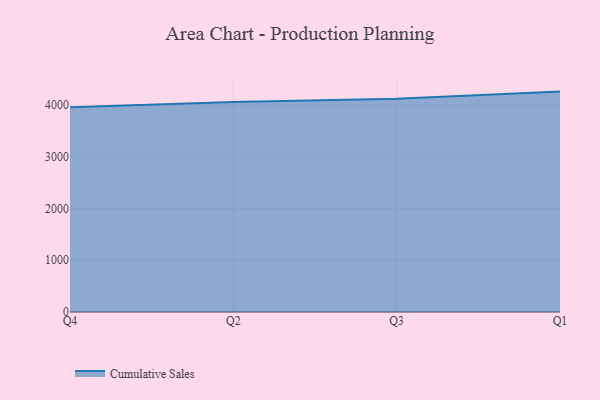
{"axis": {"x": "Quarter", "y": "Shipments"}, "legend": ["Cumulative Sales"], "data": [{"x": "Q4", "y": 3958.4, "type": "Cumulative Sales"}, {"x": "Q2", "y": 4055.4, "type": "Cumulative Sales"}, {"x": "Q3", "y": 4121.4, "type": "Cumulative Sales"}, {"x": "Q1", "y": 4258.4, "type": "Cumulative Sales"}]}